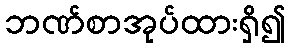
ဘဏ်စာအုပ်ထားရှိ၍